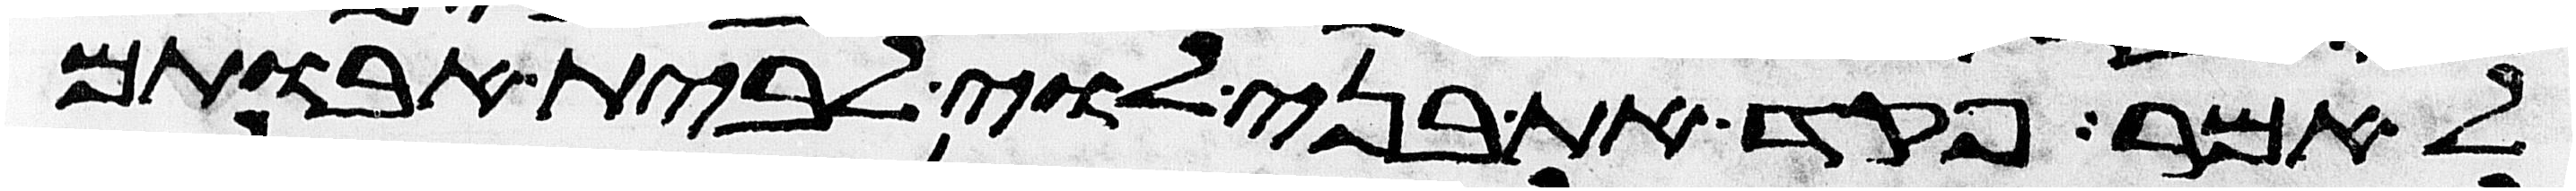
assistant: לאמר פקד את בני לוי לבית אבותם